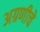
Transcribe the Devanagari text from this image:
अग्रणीचे